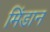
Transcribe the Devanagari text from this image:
मिंडान